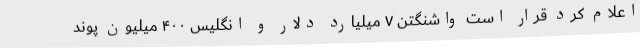
اعلام کرد قرار است واشنگتن ۷ میلیارد دلار و انگلیس ۴۰۰ میلیون پوند